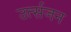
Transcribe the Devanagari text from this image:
उर्त्सजन